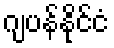
ဂျပန်နိုင်ငံ